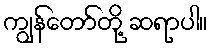
ကျွန်တော်တို့ ဆရာပါ။